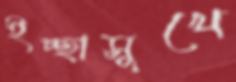
ইচ্ছাসুখে